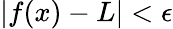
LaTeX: |f(x)-L|<\epsilon